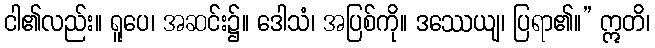
ငါ၏လည်း။ ရူပေ၊ အဆင်း၌။ ဒေါသံ၊ အပြစ်ကို။ ဒဿေယျ၊ ပြရာ၏။” ဣတိ၊